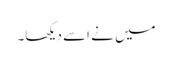
میں نے اسے دیکھا۔